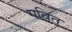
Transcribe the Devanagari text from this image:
गवित